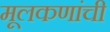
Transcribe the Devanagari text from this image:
मूलकणांची